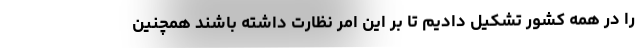
را در همه کشور تشکیل دادیم تا بر این امر نظارت داشته باشند همچنین